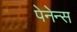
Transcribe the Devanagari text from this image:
पेनेन्स